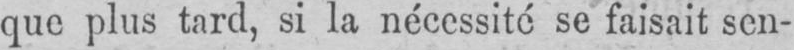
que plus tard, si la nécessité se faisait sen-